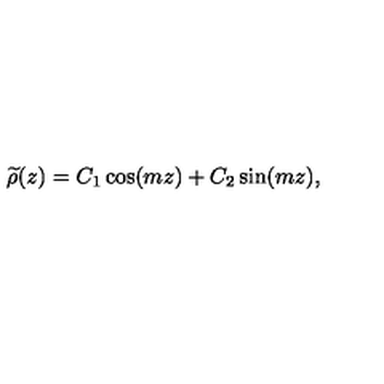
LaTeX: { \widetilde \rho } ( z ) = C _ { 1 } \cos ( m z ) + C _ { 2 } \sin ( m z ) ,